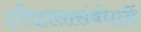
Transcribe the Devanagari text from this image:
इतिहासासंबंधानें